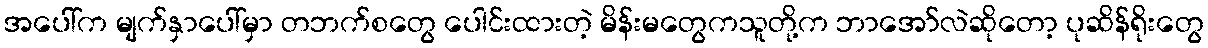
အပေါ်က မျက်နှာပေါ်မှာ တဘက်စတွေ ပေါင်းထားတဲ့ မိန်းမတွေကသူတို့က ဘာအော်လဲဆိုတော့ ပုဆိန်ရိုးတွေ